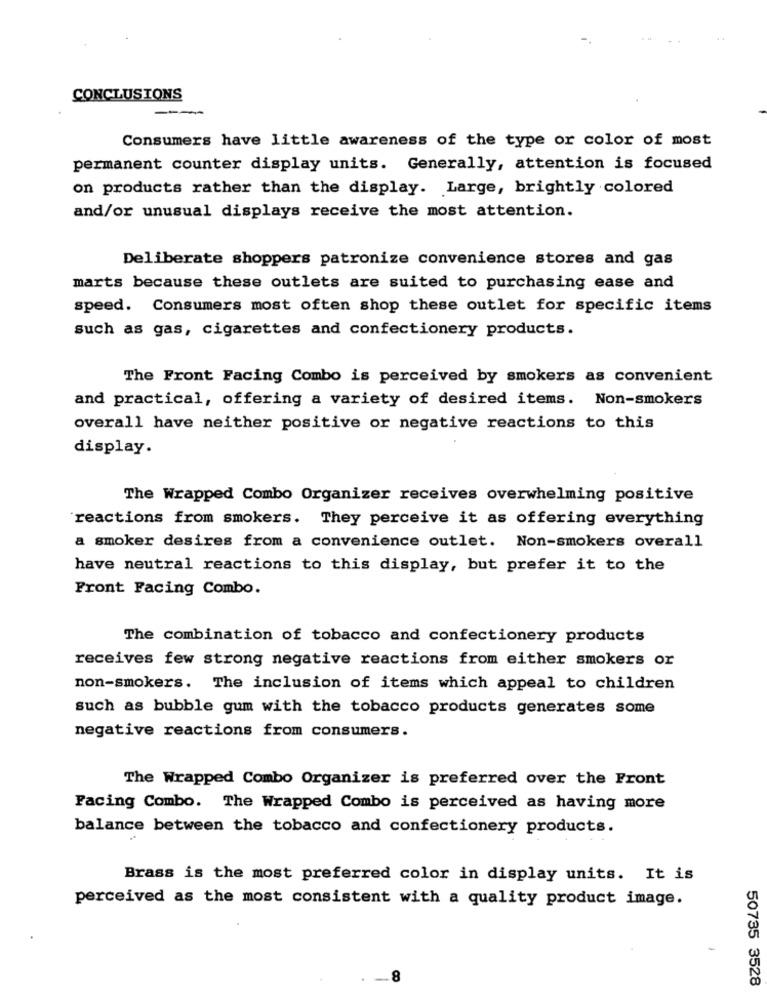
CONCLUSIONS
---
Consumers have little awareness of the type or color of most
permanent counter display units. Generally, attention is focused
on products rather than the display. Large, brightly colored
and/or unusual displays receive the most attention.
Deliberate shoppers patronize convenience stores and gas
marts because these outlets are suited to purchasing ease and
speed. Consumers most often shop these outlet for specific items
such as gas, cigarettes and confectionery products.
The Front Facing Combo is perceived by smokers as convenient
and practical, offering a variety of desired items. Non-smokers
overall have neither positive or negative reactions to this
display.
The Wrapped Combo Organizer receives overwhelming positive
reactions from smokers. They perceive it as offering everything
a smoker desires from a convenience outlet. Non-smokers overall
have neutral reactions to this display, but prefer it to the
Front Facing Combo.
The combination of tobacco and confectionery products
receives few strong negative reactions from either smokers or
non-smokers. The inclusion of items which appeal to children
such as bubble gum with the tobacco products generates some
negative reactions from consumers.
The Wrapped Combo Organizer is preferred over the Front
Facing Combo. The Wrapped Combo is perceived as having more
balance between the tobacco and confectionery products.
Brass is the most preferred color in display units. It is
perceived as the most consistent with a quality product image.
-8
50735 3528